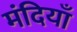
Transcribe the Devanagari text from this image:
मंदियाँ